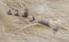
بسرقته